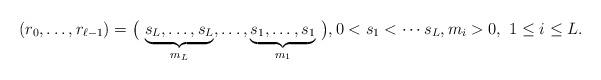
LaTeX: \begin{align*}(r_0, \ldots, r_{\ell-1}) = \big(\, \underbrace{s_L, \ldots, s_L}_{m_L}, \ldots , \underbrace{s_1, \ldots, s_1}_{m_1}\, \big), 0< s_1 < \cdots s_L, m_i >0, \ 1\leq i \leq L.\end{align*}